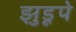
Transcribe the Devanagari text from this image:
झुडूपे